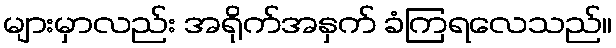
များမှာလည်း အရိုက်အနှက် ခံကြရလေသည်။